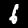
Label: 6